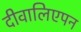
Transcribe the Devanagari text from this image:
दीवालिएपन